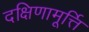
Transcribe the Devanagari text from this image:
दक्षिणामूर्त्ति